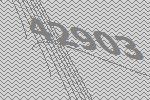
42903